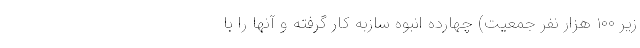
زیر ۱۰۰ هزار نفر جمعیت) چهارده انبوه سازبه کار گرفته و آنها را با